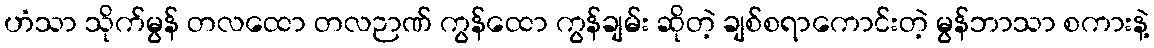
ဟံသာ သိုက်မွန် တလထော တလဉာဏ် ကွန်ထော ကွန်ချမ်း ဆိုတဲ့ ချစ်စရာကောင်းတဲ့ မွန်ဘာသာ စကားနဲ့